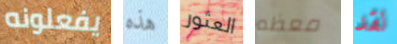
يفعلونه هذه العثور معظم لقد